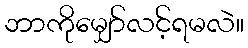
ဘာကိုမျှော်လင့်ရမလဲ။